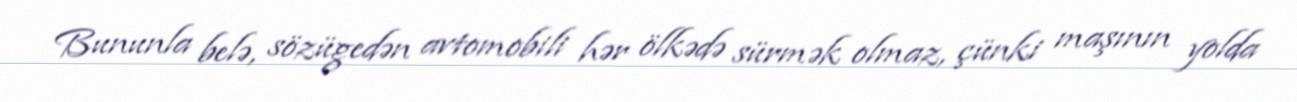
Bununla belə, sözügedən avtomobili hər ölkədə sürmək olmaz, çünki maşının yolda